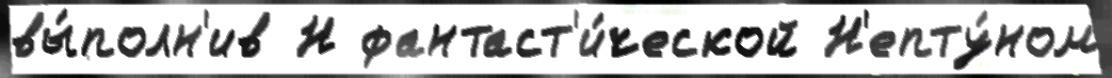
вы́полн'ив Н фантаст'и́ческой Н'епту́ном